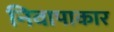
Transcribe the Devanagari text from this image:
निवापाकार